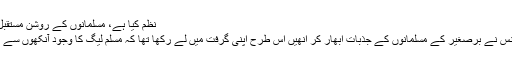
نظم کیا ہے، مسلمانوں کے روشن مستقبل کا پیغام ہے
خلافت کانفرنس نے برصغیر کے مسلمانوں کے جذبات ابھار کر انھیں اس طرح اپنی گرفت میں لے رکھا تھا کہ مسلم لیگ کا وجود آنکھوں سے اوجھل ہو گیا۔